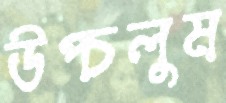
উপ্‌চলুম